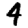
Digit: 4